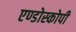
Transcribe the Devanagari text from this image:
एण्डोस्कोपी